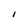
Character: I